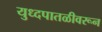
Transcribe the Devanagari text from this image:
युध्दपातळीवरून